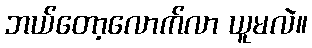
ဘယ်တော့လောက်လာ ယူမလဲ။